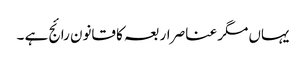
یہاں مگر عناصر اربعہ کا قانون رائج ہے ۔